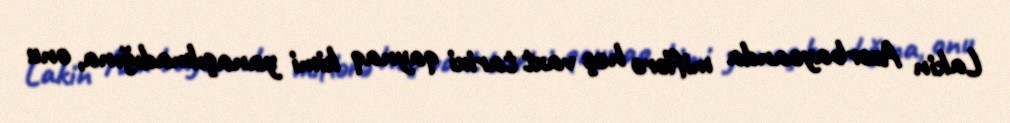
Lakin Azərbaycanda miflərə heç vaxt tarixi qaynaq kimi yanaşılmadığına, onu